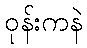
ဝုန်းကနဲ